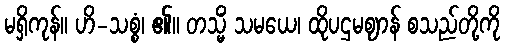
မရှိကုန်။ ဟိ-သစ္စံ၊ ၏။ တသ္မိံ သမယေ၊ ထိုပဌမဈာန် စသည်တို့ကို